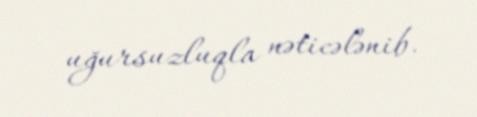
uğursuzluqla nəticələnib.